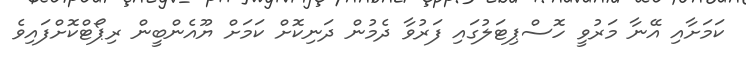
ކަމަށާއި އޭނާ މަރުވީ ހޮސްޕިޓަލުގައި ފަރުވާ ދެމުން ދަނިކޮށް ކަމަށް ޔޫއެންބީން ރިޕޯޓްކޮށްފައިވެ